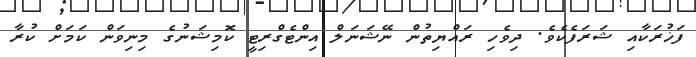
ފަޚުރަކާއި ޝަރަފެކެވެ. ދިވެހި ރައްޔިތުން ނޭޝަނަލް އިންޓެގްރިޓީ ކޮމިޝަނުގެ މިނިވަން ކަމަށް ކުރާ